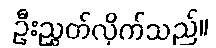
ဦးညွှတ်လိုက်သည်။